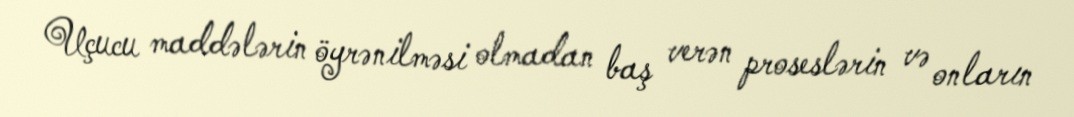
Uçucu maddələrin öyrənilməsi olmadan baş verən proseslərin və onların